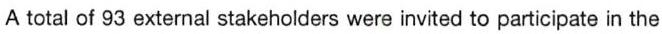
A total of 93 external stakeholders were invited to participate in the